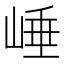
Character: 崜